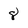
Character: 8